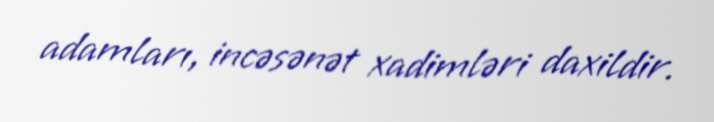
adamları, incəsənət xadimləri daxildir.